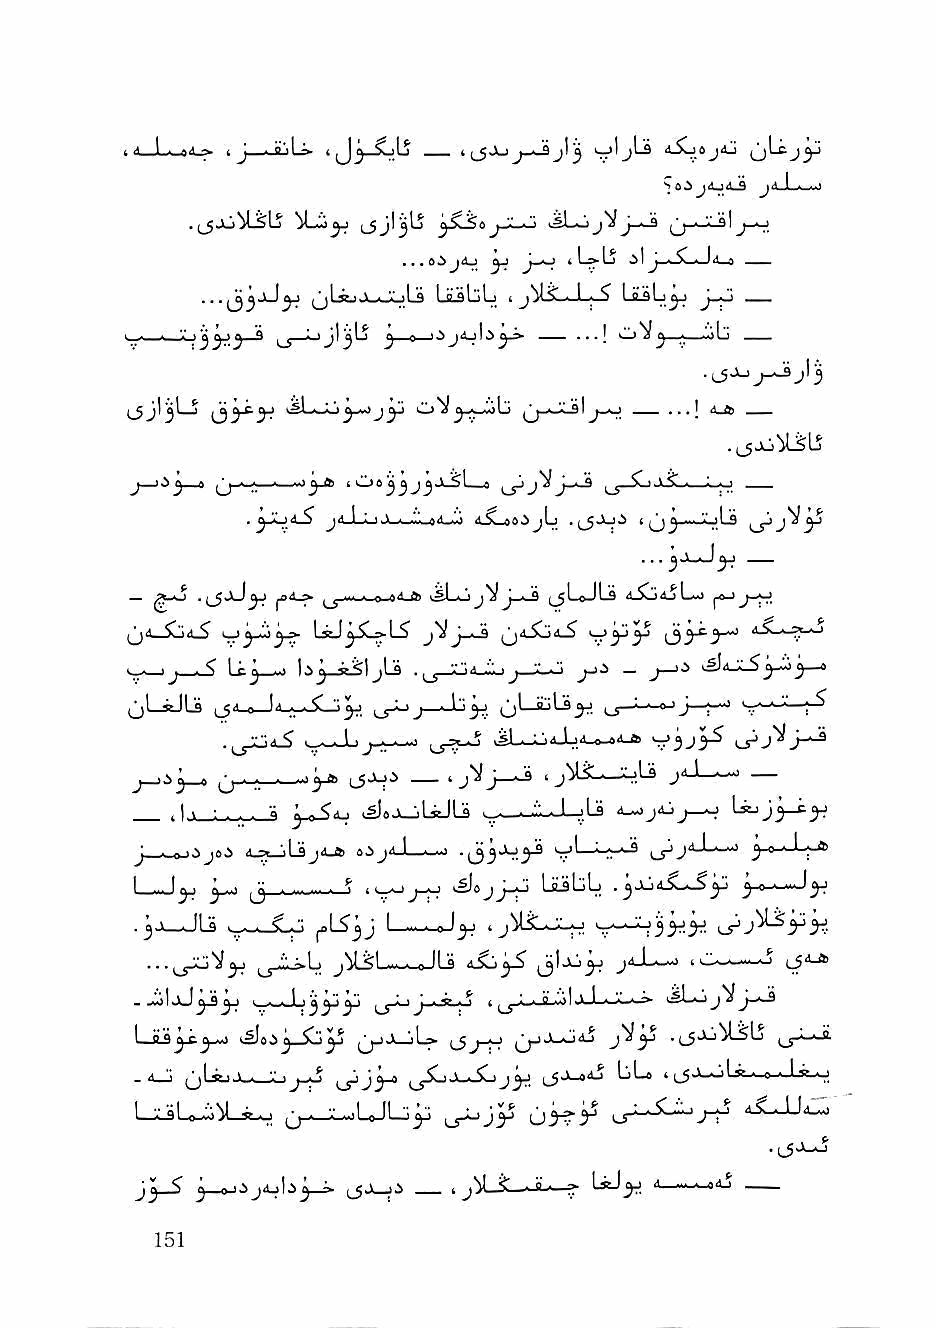
• 1 n ^ i J_ n t      t (_5Jj  kjljLs liXjOjAj (JjLcj^
 ?e.)^dji.j9 jf! I n ■■'
 'iL.lj^ l5J^3^ ^SiSa >5j-~iij^J—9 1 j-fcj
 ^     (L^l^ 1 j— d—0 —
 ...jj^jlJ^      Lii^LjL i j'^I^L-L^ IjlsL^
 '  ' '' '3^'*^ ^ ^ jj . <\j.< <I.s^^ — •••! —■ ■ "i)!!)
 •lSJ-'^jI^
 jy            j~^  .><^ _
 jjj---i—•—'I'll i Oa j jj jJi-SLia ^jVj^ I_^-!C. ><„. :..o —
 jiI-Lli.t-^'waA—'o 4jC_«8,ijL —XjLs
 ,., j-uJ yj
 —        ^4^ ^^1.1.^^0^84_fl)   d..^4jL^
 ^4—^4^ '^yJJiy^ LssJ LS^ j~^ (j4.Xj4_^  J 4.S-1-J*^
 Lc^—4 b^-stSljLs . j_j_i:;4_i_.^,_:Lx:i ^4jLSj,-:o^—»
 qLsJU ,J4_,j4_;_^5lj^ ^_5Jj ^jl—iuli^. .Jj-^
 .^4^ Sr~-Ju       JL-o4.I,;4 .^4-ft. V3J5-^
 l5-V^ — ' j'^J—^     ja-l-^w^
 .I t - ■ ; ■ ^ ^-o-$4_i i^eJLjliJLs >__. ii". ■ 1 iLj 4_-jj4jj—o [^jy—cyj
 lUa-iiLsj-L* »^j4 L  1^1—L-y-9 ^jjj'l.l.. .0 ^-o-^-L-A
 l_~J^   y-.- . ^ I v*  jj-H
 . j.V_.JL3 \_..._$Lo ^[Syj I—»■ • a I j-J '
 ^jJL>L| jU^l——-oJLs     j4_L_-) ii_^-.— '^•'-^
 >_iwJL jyJH    t lT'"' ^ "'I
 Lia^^—o              ^_5j-j-j jjjj-oiJ j^5^ .(^jjj^LsL j_s-^-^
 .4_i                                      ° ■ '^■v!
 L-i^Lo-^^L-jc-o ,j->—i^jLoJLj^ u-Lij^ 0^^ o""'"^"""'./^ iS-Jj4_-j